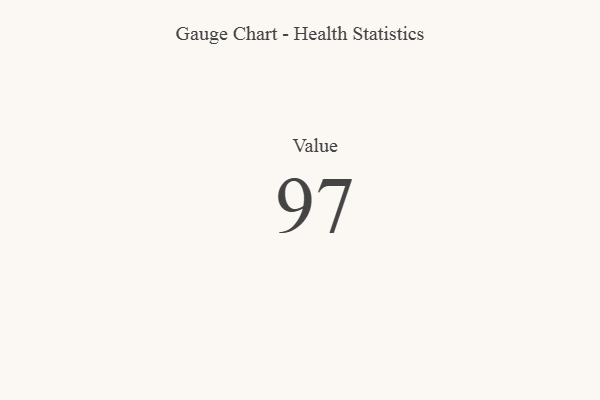
{"axis": {"x": "Metric", "y": "Value"}, "legend": [""], "data": [{"x": "Value", "y": 97, "type": ""}]}